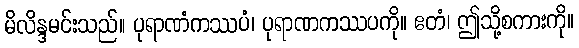
မိလိန္ဒမင်းသည်။ ပုရာဏံကဿပံ၊ ပုရာဏကဿပကို။ ဧတံ၊ ဤသို့စကားကို။